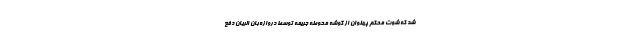
شد که شوت محکم پهلوان از گوشه محوطه جریمه توسط دروازه‌بان الریان دفع